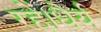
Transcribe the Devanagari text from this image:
रहें।धैर्य